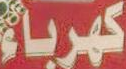
كهرباء